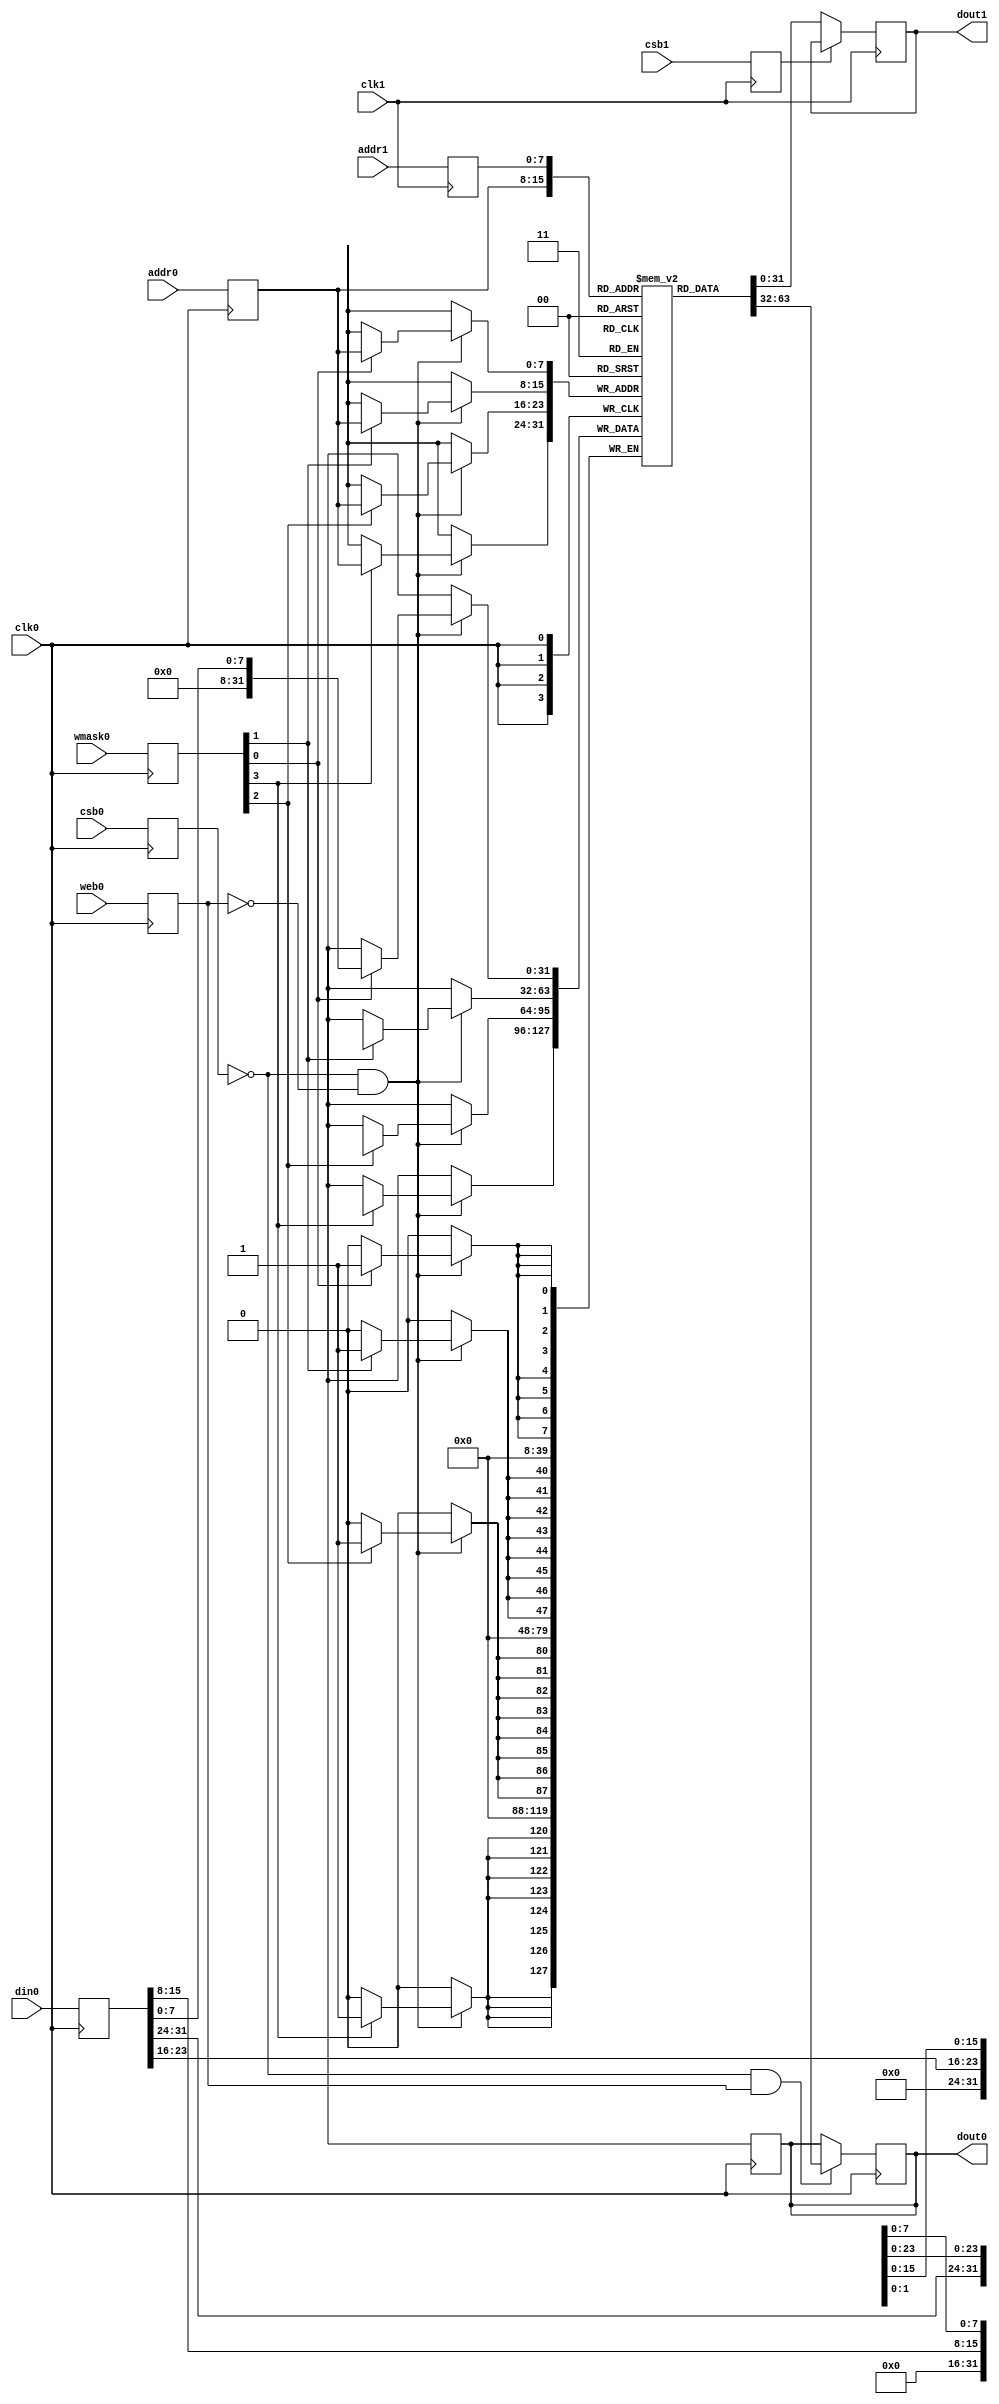
// // OpenRAM SRAM model
// // Words: 256
// // Word size: 32
// // Write size: 8

/* verilator lint_off BLKSEQ */
/* verilator lint_off MULTIDRIVEN */
module sky130_sram_1kbyte_1rw1r_32x256_8(
`ifdef USE_POWER_PINS
    vccd1,
    vssd1,
`endif
// Port 0: RW
    clk0,csb0,web0,wmask0,addr0,din0,dout0,
// Port 1: R
    clk1,csb1,addr1,dout1
  );

  parameter NUM_WMASKS = 4 ;
  parameter DATA_WIDTH = 32 ;
  parameter ADDR_WIDTH = 8 ;
  parameter RAM_DEPTH = 1 << ADDR_WIDTH;
  // FIXME: This delay is arbitrary.
  parameter DELAY = 3 ;
  parameter VERBOSE = 1 ; //Set to 0 to only display warnings
  parameter T_HOLD = 1 ; //Delay to hold dout value after posedge. Value is arbitrary

`ifdef USE_POWER_PINS
    inout vccd1;
    inout vssd1;
`endif
  input  clk0; // clock
  input   csb0; // active low chip select
  input  web0; // active low write control
  input [NUM_WMASKS-1:0]   wmask0; // write mask
  input [ADDR_WIDTH-1:0]  addr0;
  input [DATA_WIDTH-1:0]  din0;
  output [DATA_WIDTH-1:0] dout0;
  input  clk1; // clock
  input   csb1; // active low chip select
  input [ADDR_WIDTH-1:0]  addr1;
  output [DATA_WIDTH-1:0] dout1;

  reg  csb0_reg;
  reg  web0_reg;
  reg [NUM_WMASKS-1:0]   wmask0_reg;
  reg [ADDR_WIDTH-1:0]  addr0_reg;
  reg [DATA_WIDTH-1:0]  din0_reg;
  reg [DATA_WIDTH-1:0]  dout0;
  reg [DATA_WIDTH-1:0]    mem [0:RAM_DEPTH-1];
  // All inputs are registers
  always @(posedge clk0)
  begin
    csb0_reg <= csb0;
    web0_reg <= web0;
    wmask0_reg <= wmask0;
    addr0_reg <= addr0;
    din0_reg <= din0;
    dout0 <= 32'bx;
  //   if ( !csb0_reg && web0_reg && VERBOSE ) 
  //     $display($time," Reading %m addr0=%x dout0=%b",addr0_reg,mem[addr0_reg]);
  //   if ( !csb0_reg && !web0_reg && VERBOSE )
  //     $display($time," Writing %m addr0=%x din0=%b wmask0=%b",addr0_reg,din0_reg,wmask0_reg);
  end

  reg  csb1_reg;
  reg [ADDR_WIDTH-1:0]  addr1_reg;
  reg [DATA_WIDTH-1:0]  dout1;

  // All inputs are registers
  always @(posedge clk1)
  begin
    csb1_reg <= csb1;
    addr1_reg <= addr1;
  end



  // Memory Write Block Port 0
  // Write Operation : When web0 = 0, csb0 = 0
  always @ (negedge clk0)
  begin : MEM_WRITE0
    if ( !csb0_reg && !web0_reg ) begin
        if (wmask0_reg[0])
                mem[addr0_reg][7:0] <= din0_reg[7:0];
        if (wmask0_reg[1])
                mem[addr0_reg][15:8] <= din0_reg[15:8];
        if (wmask0_reg[2])
                mem[addr0_reg][23:16] <= din0_reg[23:16];
        if (wmask0_reg[3])
                mem[addr0_reg][31:24] <= din0_reg[31:24];
    end
  end

  // Memory Read Block Port 0
  // Read Operation : When web0 = 1, csb0 = 0
  always @ (negedge clk0)
  begin : MEM_READ0
    if (!csb0_reg && web0_reg)
       dout0 <= #(DELAY) mem[addr0_reg];
  end

  // Memory Read Block Port 1
  // Read Operation : When web1 = 1, csb1 = 0
  always @ (negedge clk1)
  begin : MEM_READ1
    if (!csb1_reg)
       dout1 <= #(DELAY) mem[addr1_reg];
  end
/* verilator lint_on BLKSEQ */
/* verilator lint_on MULTIDRIVEN */
endmodule